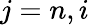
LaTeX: j=n,i